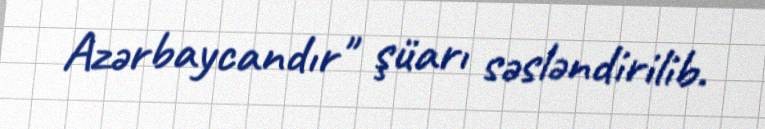
Azərbaycandır" şüarı səsləndirilib.